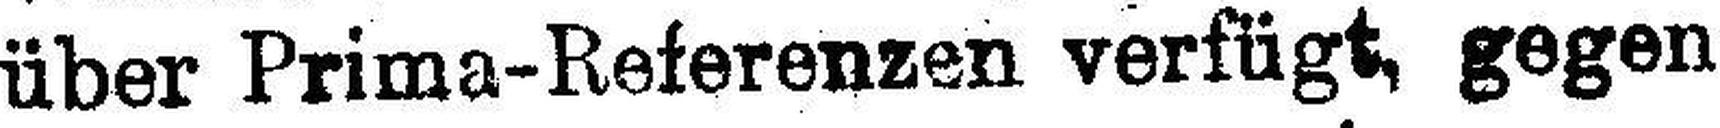
über Prima-Referenzen verfügt, gegen